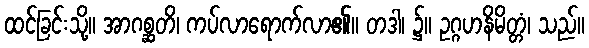
ထင်ခြင်းသို့။ အာဂစ္ဆတိ၊ ကပ်လာရောက်လာ၏။ တဒါ၊ ၌။ ဥဂ္ဂဟနိမိတ္တံ၊ သည်။